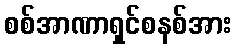
စစ်အာဏာရှင်စနစ်အား